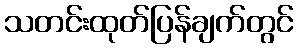
သတင်းထုတ်ပြန်ချက်တွင်